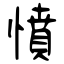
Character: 憤